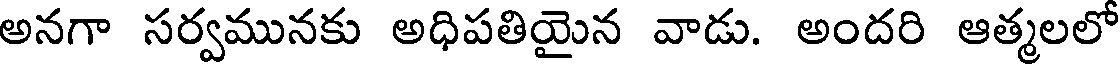
అనగా సర్వమునకు అధిపతియైన వాడు. అందరి ఆత్మలలో